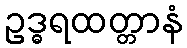
ဥဒ္ဓရထတ္တာနံ